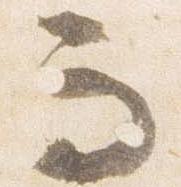
而